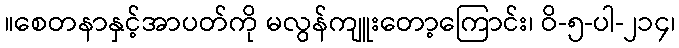
။စေတနာနှင့်အာပတ်ကို မလွန်ကျူးတော့ကြောင်း၊ ဝိ-၅-ပါ-၂၁၄၊